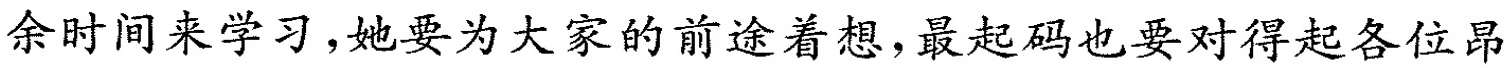
余时间来学习，她要为大家的前途着想，最起码也要对得起各位昂